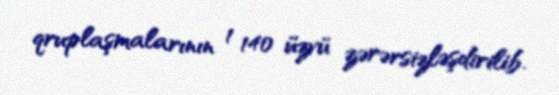
qruplaşmalarının 1 140 üzvü zərərsizləşdirilib.